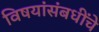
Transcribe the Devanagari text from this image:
विषयांसंबधींचे